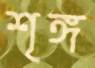
শৃঙ্গ